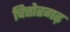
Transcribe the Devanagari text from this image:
चित्तोरगढ़